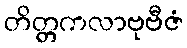
တိတ္တကလာဗုဗီဇံ